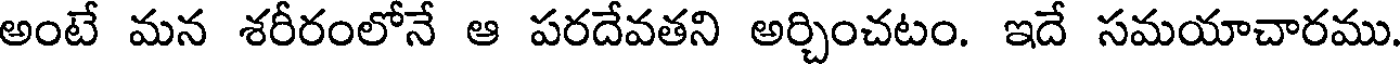
అంటే మన శరీరంలోనే ఆ పరదేవతని అర్చించటం. ఇదే సమయాచారము